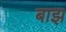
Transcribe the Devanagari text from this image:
बाझ